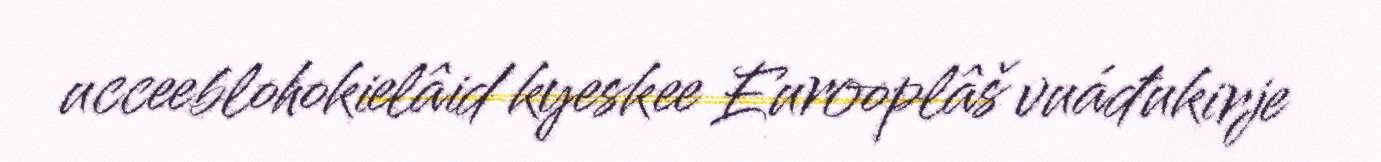
ucceeblohokielâid kyeskee Eurooplâš vuáđukirje